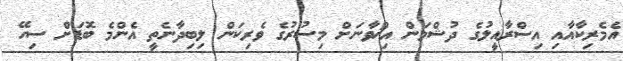
އެމެރިކާއާއި އިސްރާއީލުގެ ދުޝްމަން އިޚްވާނަށް މިސުރުގެ ވެރިކަން ލިބިދާނެތީ އެންމެ ބޮޑަށް ސިހޭ